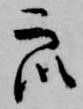
衆